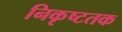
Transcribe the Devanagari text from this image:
निकृष्टतक